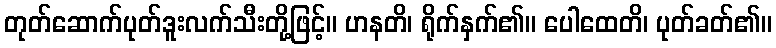
တုတ်ဆောက်ပုတ်ဒူးလက်သီးတို့ဖြင့်။ ဟနတိ၊ ရိုက်နှက်၏။ ပေါထေတိ၊ ပုတ်ခတ်၏။